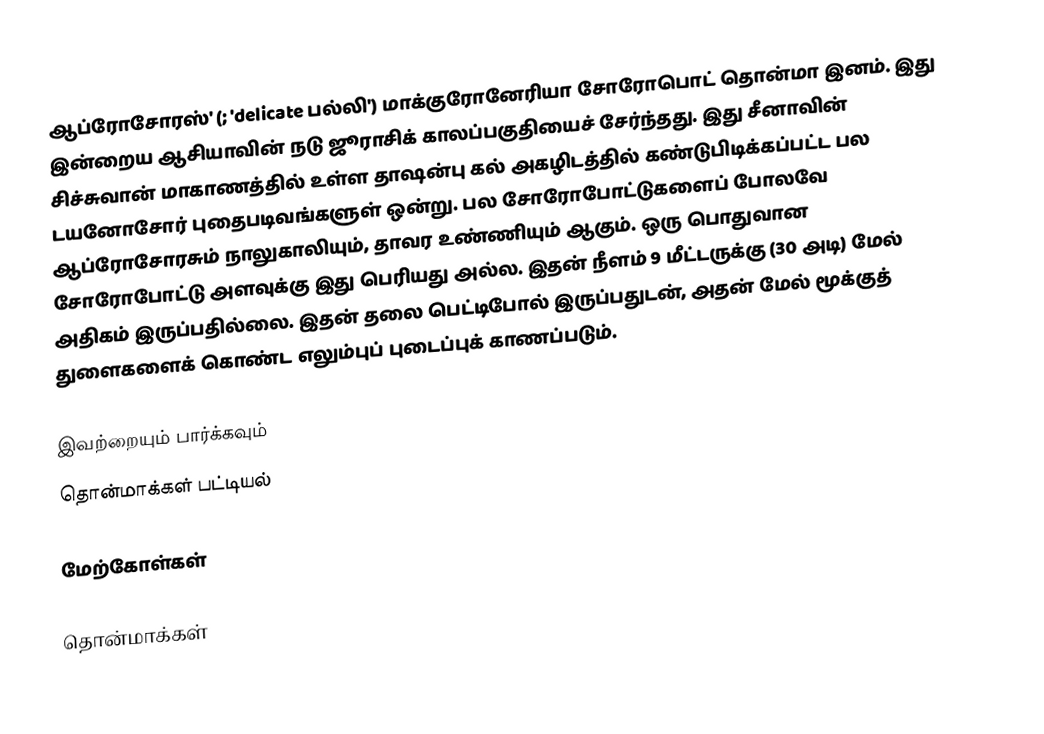
ஆப்ரோசோரஸ்' (; 'delicate பல்லி') மாக்குரோனேரியா சோரோபொட் தொன்மா இனம். இது இன்றைய ஆசியாவின் நடு ஜூராசிக் காலப்பகுதியைச் சேர்ந்தது. இது சீனாவின் சிச்சுவான் மாகாணத்தில் உள்ள தாஷன்பு கல் அகழிடத்தில் கண்டுபிடிக்கப்பட்ட பல டயனோசோர் புதைபடிவங்களுள் ஒன்று. பல சோரோபோட்டுகளைப் போலவே ஆப்ரோசோரசும் நாலுகாலியும், தாவர உண்ணியும் ஆகும். ஒரு பொதுவான சோரோபோட்டு அளவுக்கு இது பெரியது அல்ல. இதன் நீளம் 9 மீட்டருக்கு (30 அடி) மேல் அதிகம் இருப்பதில்லை. இதன் தலை பெட்டிபோல் இருப்பதுடன், அதன் மேல் மூக்குத் துளைகளைக் கொண்ட எலும்புப் புடைப்புக் காணப்படும்.

இவற்றையும் பார்க்கவும்
 தொன்மாக்கள் பட்டியல்

மேற்கோள்கள்

தொன்மாக்கள்